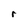
Character: r